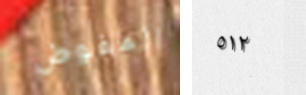
المفوض ٥١٢